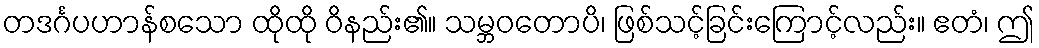
တဒင်္ဂပဟာန်စသော ထိုထို ဝိနည်း၏။ သမ္ဘဝတောပိ၊ ဖြစ်သင့်ခြင်းကြောင့်လည်း။ ဧတံ၊ ဤ